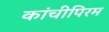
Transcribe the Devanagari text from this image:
कांचीपिरम